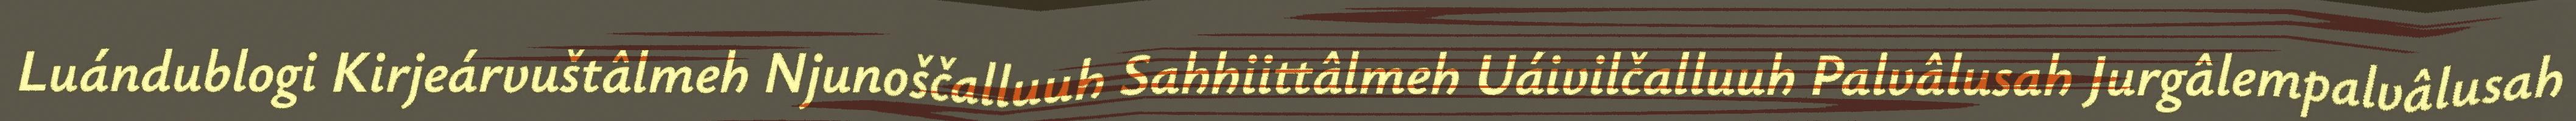
Luándublogi Kirjeárvuštâlmeh Njunoščalluuh Sahhiittâlmeh Uáivilčalluuh Palvâlusah Jurgâlempalvâlusah